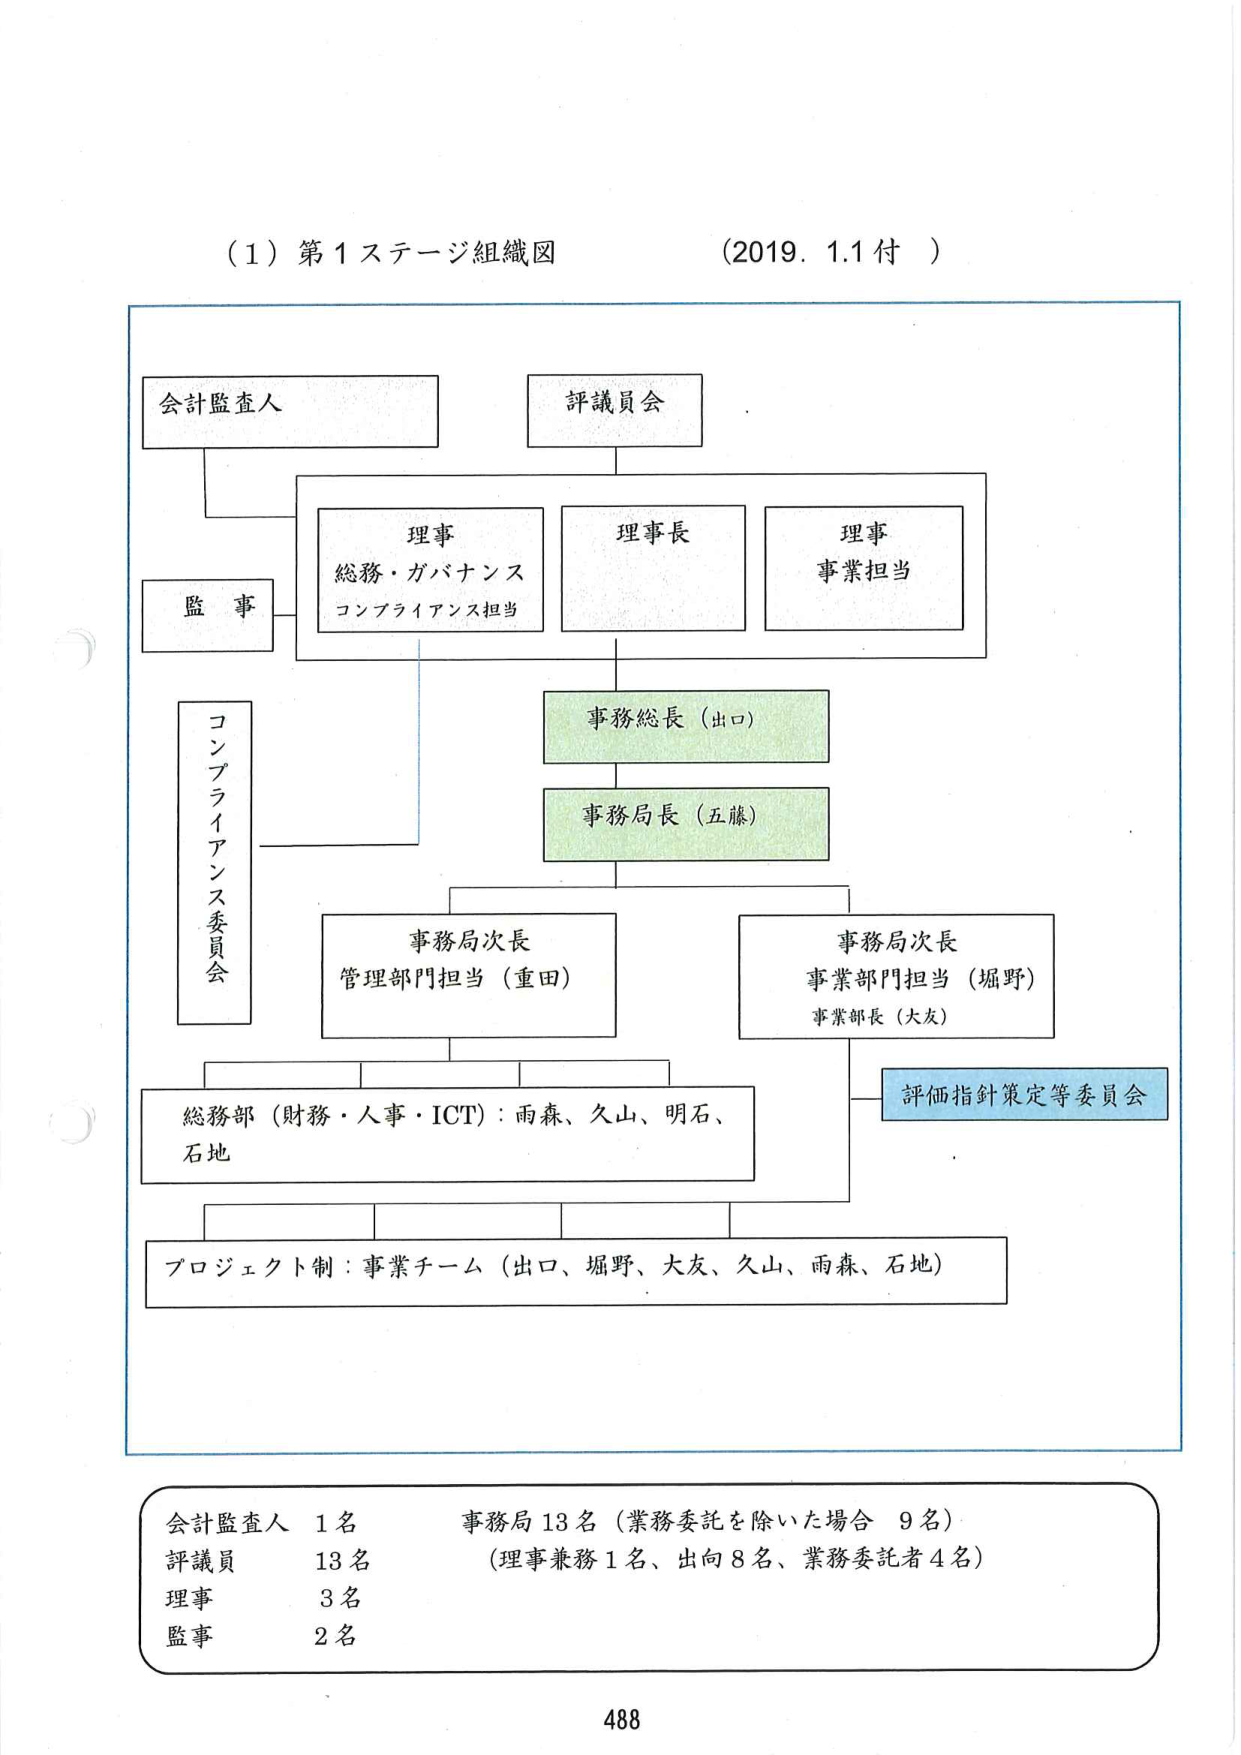
(1) 第1ステージ組織図 (2019. 1.1付)

会計監査人
評議員会

理事
総務・ガバナンス
コンプライアンス担当

理事長

理事
事業担当

監事

事務総長（出口）

事務局長（五藤）

コンプライアンス委員会

事務局次長
管理部門担当（重田）

事務局次長
事業部門担当（堀野）
事業部長（大友）

総務部（財務・人事・ICT）：雨森、久山、明石、石地

評価指針策定等委員会

プロジェクト制：事業チーム（出口、堀野、大友、久山、雨森、石地）

会計監査人 1名
評議員 13名
理事 3名
監事 2名

事務局 13名（業務委託を除いた場合 9名）
（理事兼務1名、出向8名、業務委託者4名）

488